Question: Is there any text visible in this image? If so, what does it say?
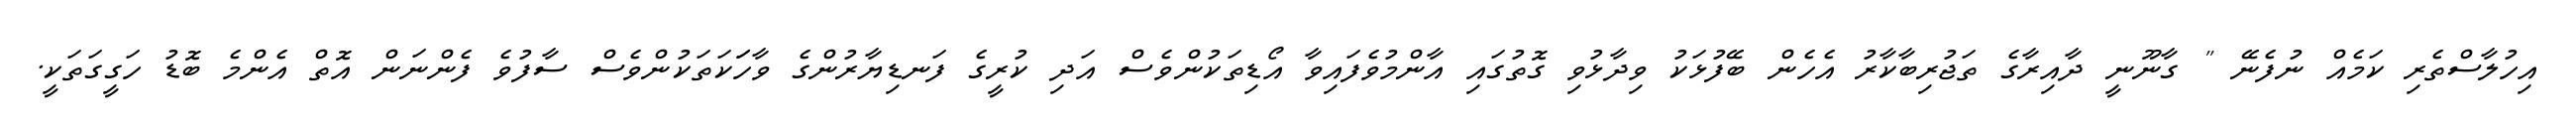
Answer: އިހުލާސްތެރި ކަމެއް ނުފެނޭ " ގާނޫނީ ދާއިރާގެ ތަޖުރިބާކާރު އެހެން ބޭފުޅަކު ވިދާޅުވި ގޮތުގައި އާންމުވެފައިވާ އޯޑިތަކުންވެސް އަދި ކުރީގެ ފަނޑިޔާރުންގެ ވާހަަކަތަކުންވެސް ސާފުވެ ފެންނަން އޮތް އެންމެ ބޮޑު ހަގީގަތަކީ.